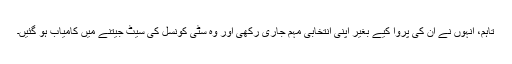
تاہم، انہوں نے ان کی پروا کیے بغیر اپنی انتخابی مہم جاری رکھی اور وہ سٹی کونسل کی سیٹ جیتنے میں کامیاب ہو گئیں۔